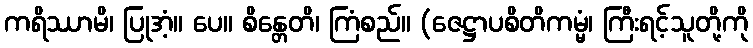
ကရိဿာမိ၊ ပြုအံ့။ ပေ။ စိန္တေတိ၊ ကြံစည်။ (ဇေဋ္ဌာပစိတိကမ္မံ၊ ကြီးရင့်သူတို့ကို